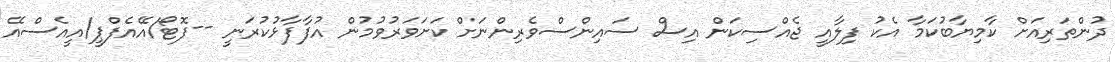
ދުންތަރިއަށް ކާމިޔާބުކަމާ އެކު ފިލާއީ ޖެއްސިކަން އިސް ސައިންސްވެރިންނަށް ކަށަވަރުވުމުން އުފާފާޅުކުރަނީ --ފޮޓޯ/އޭއެފްޕީ/އީއެސްއޭ